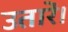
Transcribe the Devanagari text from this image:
उतारें।